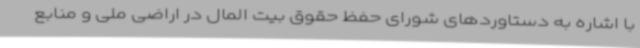
با اشاره به دستاوردهای شورای حفظ حقوق بیت المال در اراضی ملی و منابع